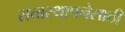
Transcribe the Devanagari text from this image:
सत्तास्थापनेसाठी